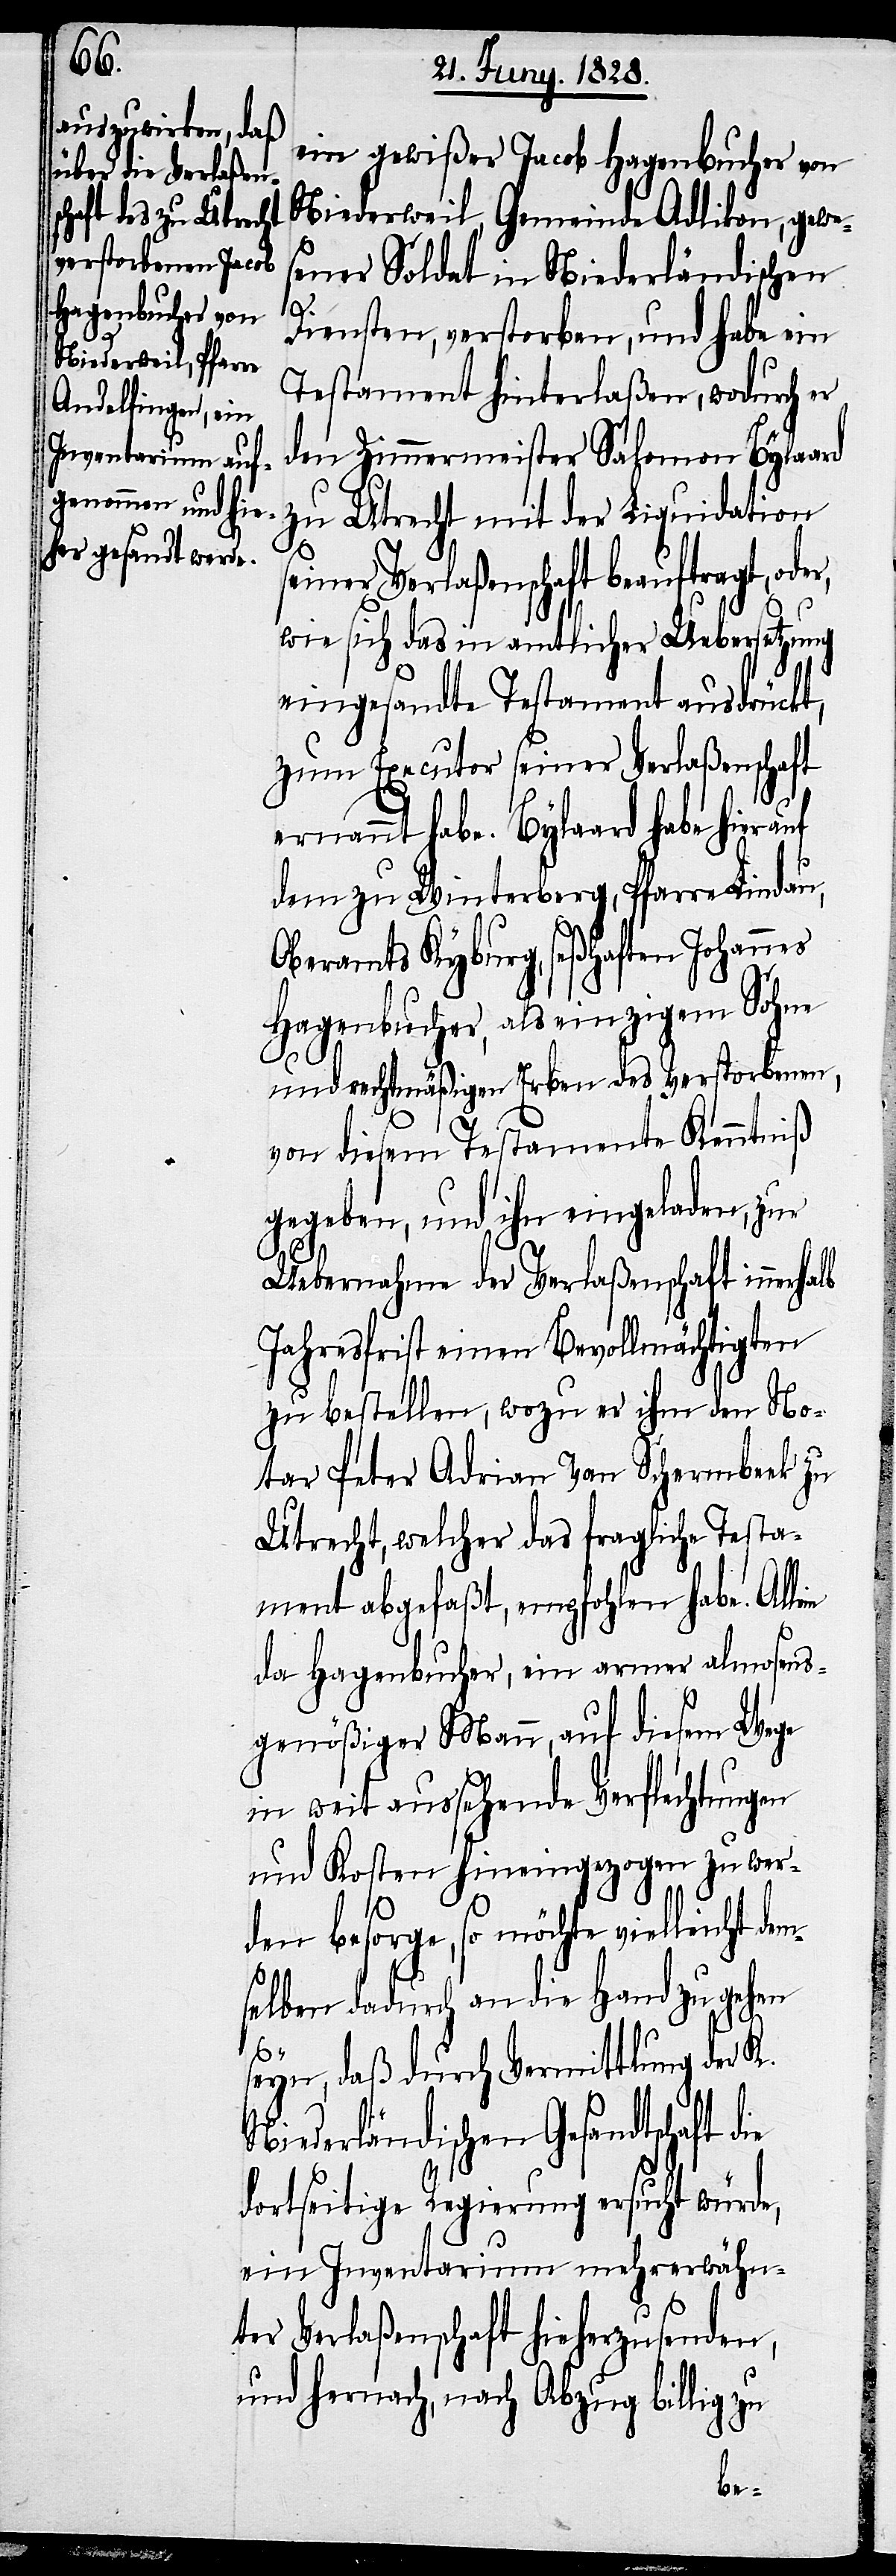
ein gewißer Jacob Hagenbucher von
Niederweil, Gemeinde Adlikon, gewe¬
sener Soldat in Niederländischen
Diensten, verstorben, und habe ein
Testament hinterlaßen, wodurch er
den Zimmermeister Salomon Bylaard
zu Utrecht mit der Liquidation
seiner Verlaßenschaft beauftragt, oder,
wie sich das in amtlicher Uebersetzung
eingesandte Testament ausdrückt,
zum Executor seiner Verlaßenschaft
ernannt habe. Bylaard habe hierauf
dem zu Winterberg, Pfarre Lindau,
Oberamts Kyburg, seßhaften Johannes
Hagenbucher, als einzigem Sohne
und rechtmäßigen Erben des Verstorbenen,
von diesem Testamente Kenntniß
gegeben, und ihn eingeladen, zur
Uebernahme der Verlaßenschaft innerhalb
Jahresfrist einen Bevollmächtigten
zu bestellen, wozu er ihm den No¬
tar Peter Adrian van Schermbeek zu
Utrecht, welcher das fragliche Testa¬
ment abgefaßt, empfohlen habe. Alle¬
da Hagenbucher, ein armer almosens¬
genößiger Mann, auf diesem Wege
in weit aussehende Verflechtungen
und Kosten hineingezogen zu wer¬
den besorge, so möchte vielleicht
selben dadurch an die Hand zu gehen
in
seyn, daß durch Vermittlung der K.
Niederländischen Gesandtschaft
dortseitige Regierung ersucht würde,
ein Inventarium mehrerwähn¬
ter Verlaßenschaft hieherzusenden,
und hernach, nach Abzug billig zu
dem¬